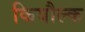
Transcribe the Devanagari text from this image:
कियौल्क